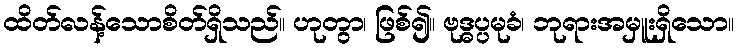
ထိတ်လန့်သောစိတ်ရှိသည်။ ဟုတွာ၊ ဖြစ်၍။ ဗုဒ္ဓပ္ပမုခံ၊ ဘုရားအမှူးရှိသော။